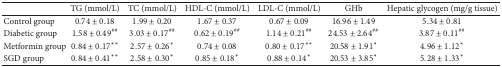
|  | TG (mmol/L) | TC (mmol/L) | HDL-C (mmol/L) | LDL-C (mmol/L) | GHb | Hepatic glycogen (mg/g tissue) |
 | --- | --- | --- | --- | --- | --- | --- |
 | Control group | 0.74 ± 0.18 | 1.99 ± 0.20 | 1.67 ± 0.37 | 0.67 ± 0.09 | 16.96 ± 1.49 | 5.34 ± 0.81 |
 | Diabetic group | 1.58 ± 0.49## | 3.03 ± 0.17## | 0.62 ± 0.19## | 1.14 ± 0.21## | 24.53 ± 2.64## | 3.87 ± 0.11## |
 | Metformin group | 0.84 ± 0.17∗∗ | 2.57 ± 0.26∗ | 0.74 ± 0.08 | 0.80 ± 0.17∗∗ | 20.58 ± 1.91∗ | 4.96 ± 1.12∗ |
 | SGD group | 0.84 ± 0.41∗∗ | 2.58 ± 0.30∗ | 0.85 ± 0.18∗ | 0.88 ± 0.14∗ | 20.53 ± 3.85∗ | 5.28 ± 1.33∗ |